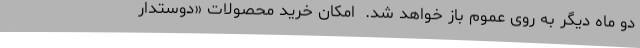
دو ماه دیگر به روی عموم باز خواهد شد.  امکان خرید محصولات «دوستدار